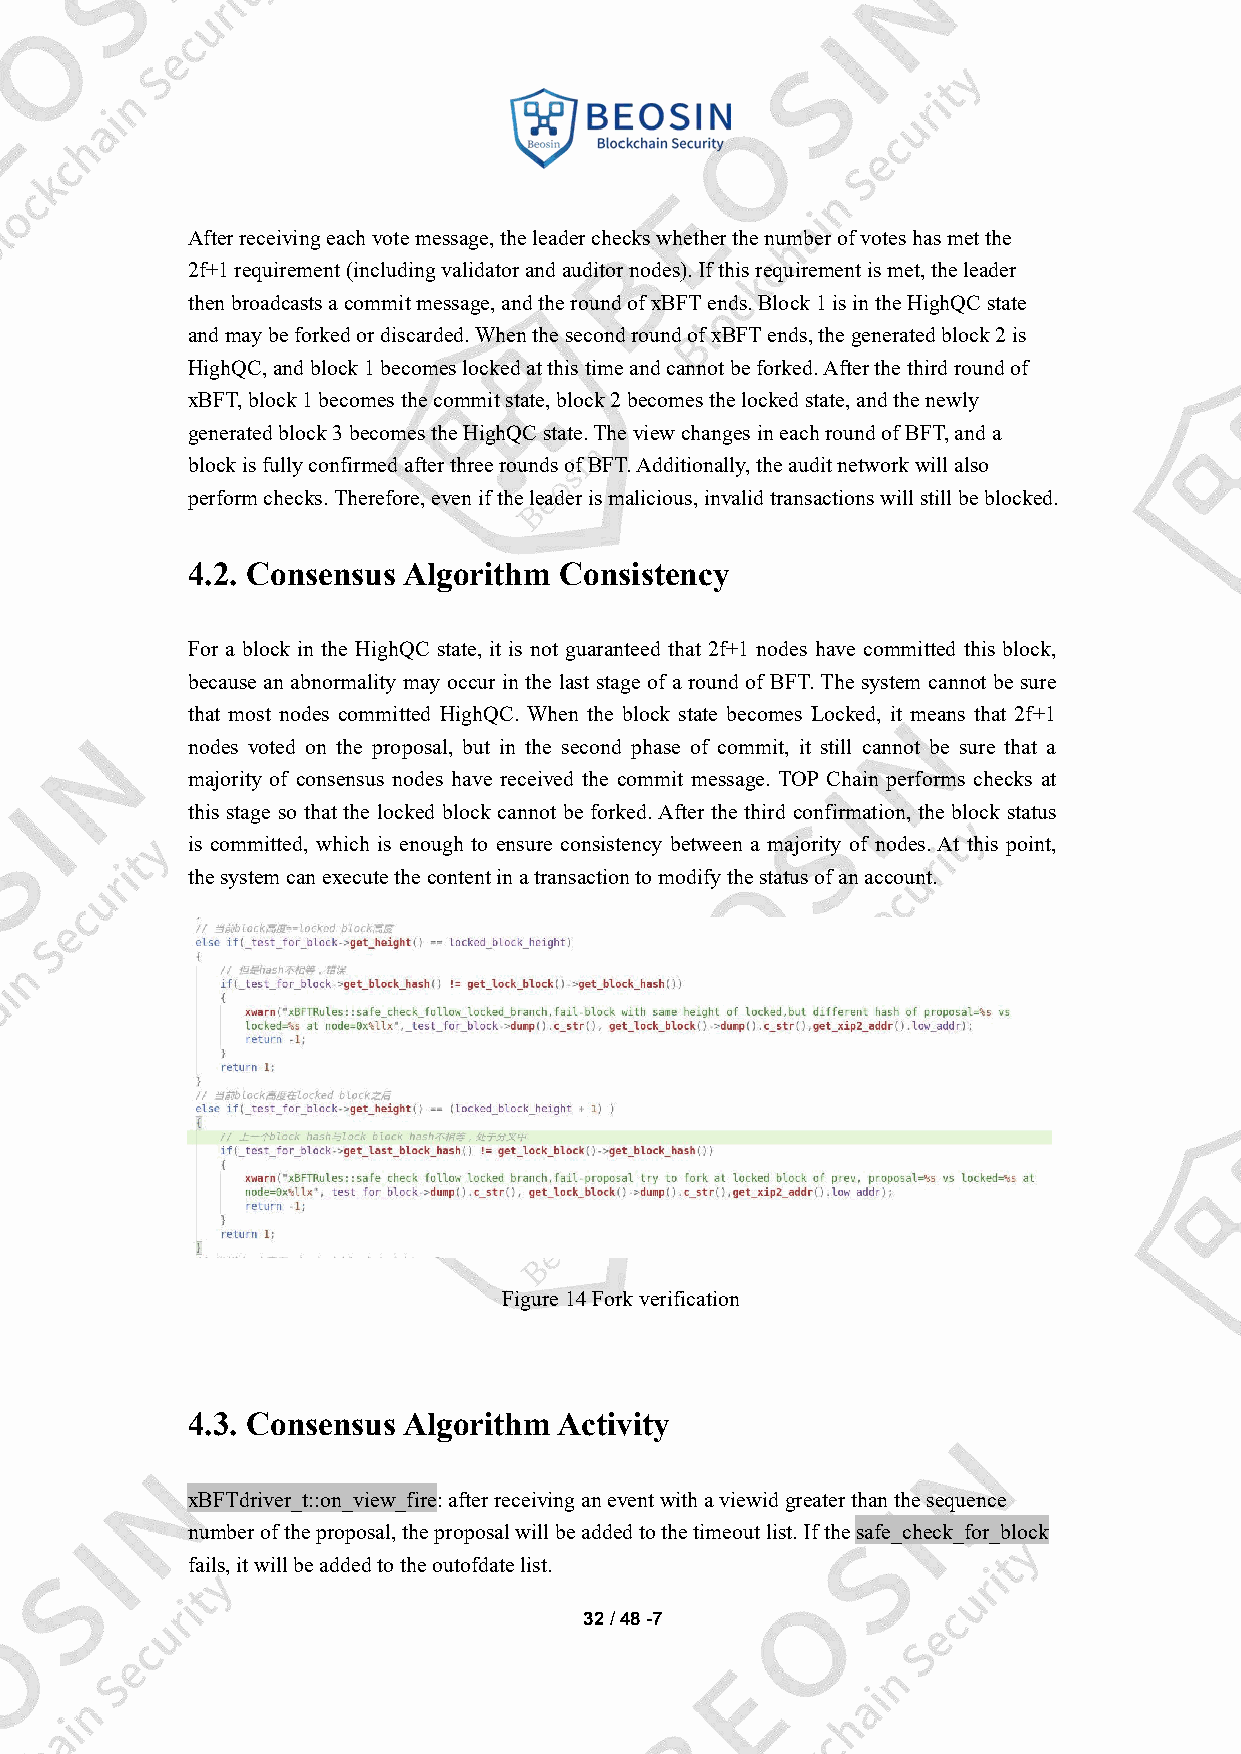
Afterreceivingeachvotemessage,theleadercheckswhetherthenumberofvoteshasmetthe
 2f+1requirement(includingvalidatorandauditornodes).Ifthisrequirementismet,theleader
 thenbroadcastsacommitmessage,andtheroundofxBFTends.Block1isintheHighQCstate
 andmaybeforkedordiscarded.WhenthesecondroundofxBFTends,thegeneratedblock2is
 HighQC,andblock1becomeslockedatthistimeandcannotbeforked.Afterthethirdroundof
 xBFT,block1becomesthecommitstate,block2becomesthelockedstate,andthenewly
 generatedblock3becomestheHighQCstate.TheviewchangesineachroundofBFT,anda
 blockisfullyconfirmedafterthreeroundsofBFT.Additionally,theauditnetworkwillalso
 performchecks.Therefore,eveniftheleaderismalicious,invalidtransactionswillstillbeblocked.
 4.2. Consensus Algorithm Consistency
 For a block in the HighQC state, it is not guaranteed that 2f+1 nodes have committed this block,
 becausean abnormality may occur in the last stage of a round of BFT.The system cannot be sure
 that most nodes committed HighQC. When the block state becomes Locked, it means that 2f+1
 nodes voted on the proposal, but in the second phase of commit, it still cannot be sure that a
 majority of consensus nodes have received the commit message. TOP Chain performs checks at
 this stage so that the locked block cannot be forked.After the third confirmation, the block status
 is committed, which is enough to ensure consistency between a majority of nodes.At this point,
 thesystemcanexecutethecontentinatransactiontomodifythestatusofanaccount.
 Figure14Forkverification
 4.3. Consensus Algorithm Activity
 xBFTdriver_t::on_view_fire:afterreceivinganeventwithaviewidgreaterthanthesequence
 numberoftheproposal,theproposalwillbeaddedtothetimeoutlist.Ifthesafe_check_for_block
 fails,itwillbeaddedtotheoutofdatelist.
 32/48-7